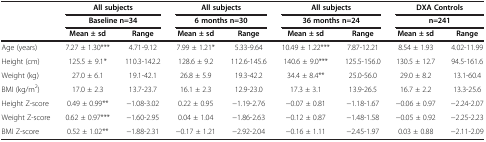
<table><thead><tr><td rowspan="3"><b> </b></td><td colspan="2"><b>All subjects</b></td><td colspan="2"><b>All subjects</b></td><td colspan="2"><b>All subjects</b></td><td colspan="2"><b>DXA Controls</b></td></tr><tr><td colspan="2"><b>Baseline n=34</b></td><td colspan="2"><b>6 months n=30</b></td><td colspan="2"><b>36 months n=24</b></td><td colspan="2"><b>n=241</b></td></tr><tr><td><b>Mean ± sd</b></td><td><b>Range</b></td><td><b>Mean ± sd</b></td><td><b>Range</b></td><td><b>Mean ± sd</b></td><td><b>Range</b></td><td><b>Mean ± sd</b></td><td><b>Range</b></td></tr></thead><tbody><tr><td>Age (years)</td><td>7.27 ± 1.30***</td><td>4.71-9.12</td><td>7.99 ± 1.21*</td><td>5.33-9.64</td><td>10.49 ± 1.22***</td><td>7.87-12.21</td><td>8.54 ± 1.93</td><td>4.02-11.99</td></tr><tr><td>Height (cm)</td><td>125.5 ± 9.1*</td><td>110.3-142.2</td><td>128.6 ± 9.2</td><td>112.6-145.6</td><td>140.6 ± 9.0***</td><td>125.5-156.0</td><td>130.5 ± 12.7</td><td>94.5-161.6</td></tr><tr><td>Weight (kg)</td><td>27.0 ± 6.1</td><td>19.1-42.1</td><td>26.8 ± 5.9</td><td>19.3-42.2</td><td>34.4 ± 8.4**</td><td>25.0-56.0</td><td>29.0 ± 8.2</td><td>13.1-60.4</td></tr><tr><td>BMI (kg/m<sup>2</sup>)</td><td>17.0 ± 2.3</td><td>13.7-23.7</td><td>16.1 ± 2.3</td><td>12.9-23.0</td><td>17.3 ± 3.1</td><td>13.9-26.5</td><td>16.7 ± 2.2</td><td>13.3-25.6</td></tr><tr><td>Height Z-score</td><td>0.49 ± 0.99**</td><td>−1.08-3.02</td><td>0.22 ± 0.95</td><td>−1.19-2.76</td><td>−0.07 ± 0.81</td><td>−1.18-1.67</td><td>−0.06 ± 0.97</td><td>−2.24-2.07</td></tr><tr><td>Weight Z-score</td><td>0.62 ± 0.97***</td><td>−1.60-2.95</td><td>0.04 ± 1.04</td><td>−1.86-2.63</td><td>−0.12 ± 0.87</td><td>−1.48-1.58</td><td>−0.05 ± 0.92</td><td>−2.25-2.23</td></tr><tr><td>BMI Z-score</td><td>0.52 ± 1.02**</td><td>−1.88-2.31</td><td>−0.17 ± 1.21</td><td>−2.92-2.04</td><td>−0.16 ± 1.11</td><td>−2.45-1.97</td><td>0.03 ± 0.88</td><td>−2.11-2.09</td></tr></tbody></table>